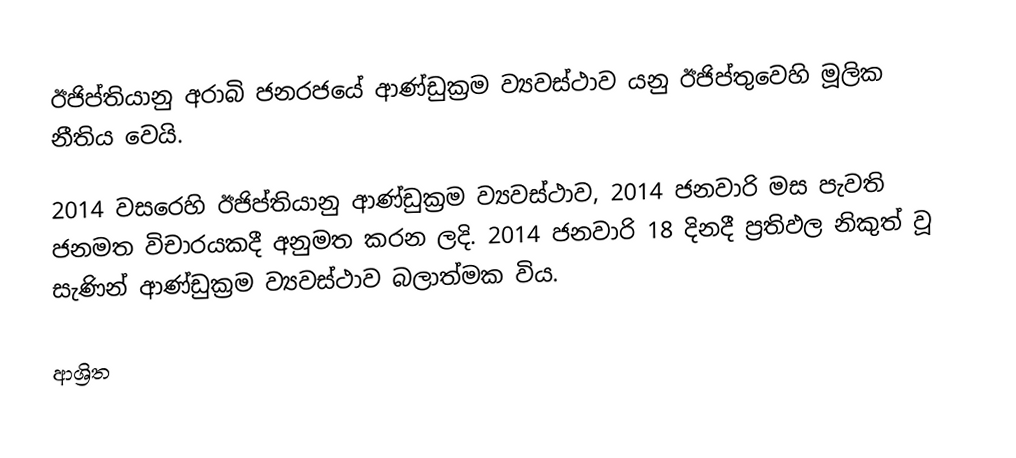
ඊජිප්තියානු අරාබි ජනරජයේ ආණ්ඩුක්‍රම ව්‍යවස්ථාව යනු ඊජිප්තුවෙහි මූලික නීතිය වෙයි.

2014 වසරෙහි ඊජිප්තියානු ආණ්ඩුක්‍රම ව්‍යවස්ථාව,  2014 ජනවාරි මස පැවති ජනමත විචාරයකදී අනුමත කරන ලදි. 2014 ජනවාරි 18 දිනදී ප්‍රතිඵල නිකුත් වූ සැණින් ආණ්ඩුක්‍රම ව්‍යවස්ථාව බලාත්මක විය.

ආශ්‍රිත